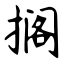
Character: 搁